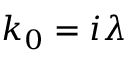
k _ { 0 } = i \lambda